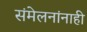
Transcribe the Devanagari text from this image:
संमेलनांनाही